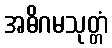
အဓိဂမသုတ္တံ